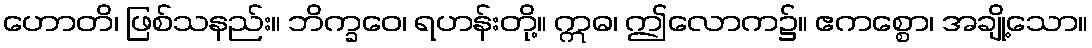
ဟောတိ၊ ဖြစ်သနည်း။ ဘိက္ခဝေ၊ ရဟန်းတို့။ ဣဓ၊ ဤလောက၌။ ဧကစ္စော၊ အချို့သော။